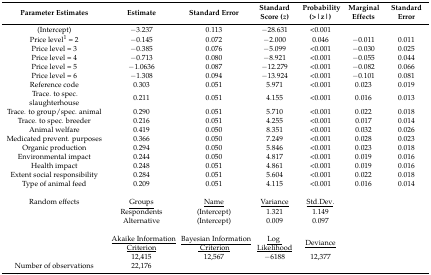
<table><thead><tr><td><b>Parameter Estimates</b></td><td><b>Estimate</b></td><td><b>Standard Error</b></td><td><b>Standard Score (<i>z</i>) </b></td><td><b>Probability (&gt;|z|)</b></td><td><b>Marginal Effects</b></td><td><b>Standard Error</b></td></tr></thead><tbody><tr><td>(Intercept)</td><td>−3.237</td><td>0.113</td><td>−28.631</td><td>&lt;0.001</td><td></td><td></td></tr><tr><td>Price level<sup>1</sup> = 2</td><td>−0.145</td><td>0.072</td><td>−2.000</td><td>0.046</td><td>−0.011</td><td>0.011</td></tr><tr><td>Price level = 3</td><td>−0.385</td><td>0.076</td><td>−5.099</td><td>&lt;0.001</td><td>−0.030</td><td>0.025</td></tr><tr><td>Price level = 4</td><td>−0.713</td><td>0.080</td><td>−8.921</td><td>&lt;0.001</td><td>−0.055</td><td>0.044</td></tr><tr><td>Price level = 5</td><td>−1.0636</td><td>0.087</td><td>−12.279</td><td>&lt;0.001</td><td>−0.082</td><td>0.066</td></tr><tr><td>Price level = 6</td><td>−1.308</td><td>0.094</td><td>−13.924</td><td>&lt;0.001</td><td>−0.101</td><td>0.081</td></tr><tr><td>Reference code</td><td>0.303</td><td>0.051</td><td>5.971</td><td>&lt;0.001</td><td>0.023</td><td>0.019</td></tr><tr><td>Trace. to spec. slaughterhouse</td><td>0.211</td><td>0.051</td><td>4.155</td><td>&lt;0.001</td><td>0.016</td><td>0.013</td></tr><tr><td>Trace. to group/spec. animal</td><td>0.290</td><td>0.051</td><td>5.710</td><td>&lt;0.001</td><td>0.022</td><td>0.018</td></tr><tr><td>Trace. to spec. breeder</td><td>0.216</td><td>0.051</td><td>4.255</td><td>&lt;0.001</td><td>0.017</td><td>0.014</td></tr><tr><td>Animal welfare</td><td>0.419</td><td>0.050</td><td>8.351</td><td>&lt;0.001</td><td>0.032</td><td>0.026</td></tr><tr><td>Medicated prevent. purposes</td><td>0.366</td><td>0.050</td><td>7.249</td><td>&lt;0.001</td><td>0.028</td><td>0.023</td></tr><tr><td>Organic production</td><td>0.294</td><td>0.050</td><td>5.846</td><td>&lt;0.001</td><td>0.023</td><td>0.018</td></tr><tr><td>Environmental impact</td><td>0.244</td><td>0.050</td><td>4.817</td><td>&lt;0.001</td><td>0.019</td><td>0.016</td></tr><tr><td>Health impact</td><td>0.248</td><td>0.051</td><td>4.861</td><td>&lt;0.001</td><td>0.019</td><td>0.016</td></tr><tr><td>Extent social responsibility</td><td>0.284</td><td>0.051</td><td>5.604</td><td>&lt;0.001</td><td>0.022</td><td>0.018</td></tr><tr><td>Type of animal feed</td><td>0.209</td><td>0.051</td><td>4.115</td><td>&lt;0.001</td><td>0.016</td><td>0.014</td></tr><tr><td>Random effects</td><td><underline>Groups</underline></td><td><underline>Name</underline></td><td><underline>Variance</underline></td><td><underline>Std.Dev</underline>.</td><td></td><td></td></tr><tr><td></td><td>Respondents</td><td>(Intercept)</td><td>1.321</td><td>1.149</td><td></td><td></td></tr><tr><td></td><td>Alternative</td><td>(Intercept)</td><td>0.009</td><td>0.097</td><td></td><td></td></tr><tr><td></td><td><underline>Akaike Information Criterion</underline></td><td><underline>Bayesian Information Criterion</underline></td><td><underline>Log Likelihood</underline></td><td><underline>Deviance</underline></td><td></td><td></td></tr><tr><td></td><td>12,415</td><td>12,567</td><td>−6188</td><td>12,377</td><td></td><td></td></tr><tr><td>Number of observations</td><td>22,176</td><td></td><td></td><td></td><td></td><td></td></tr></tbody></table>